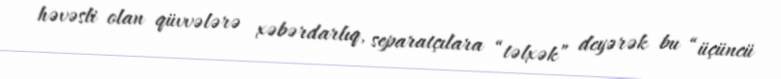
həvəsli olan qüvvələrə xəbərdarlıq, separatçılara “təlxək” deyərək bu “üçüncü